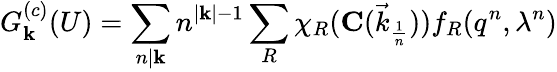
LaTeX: G_{{\mathbf k}}^{(c)}(U)=\sum_{n|{\mathbf k}}n^{|{\mathbf k}|-1}\sum_{R}\chi_{R}({\mathbf C(\vec{k}_{\frac{1}{n}})})f_{R}(q^{n},\lambda^{n})